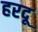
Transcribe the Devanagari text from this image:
हरदू